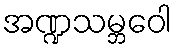
အဏ္ဍသမ္ဘဝေါ